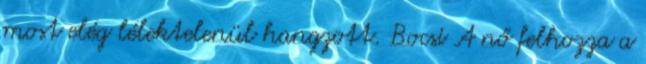
most elég lélektelenül hangzott. Bocsi A nő felhozza a